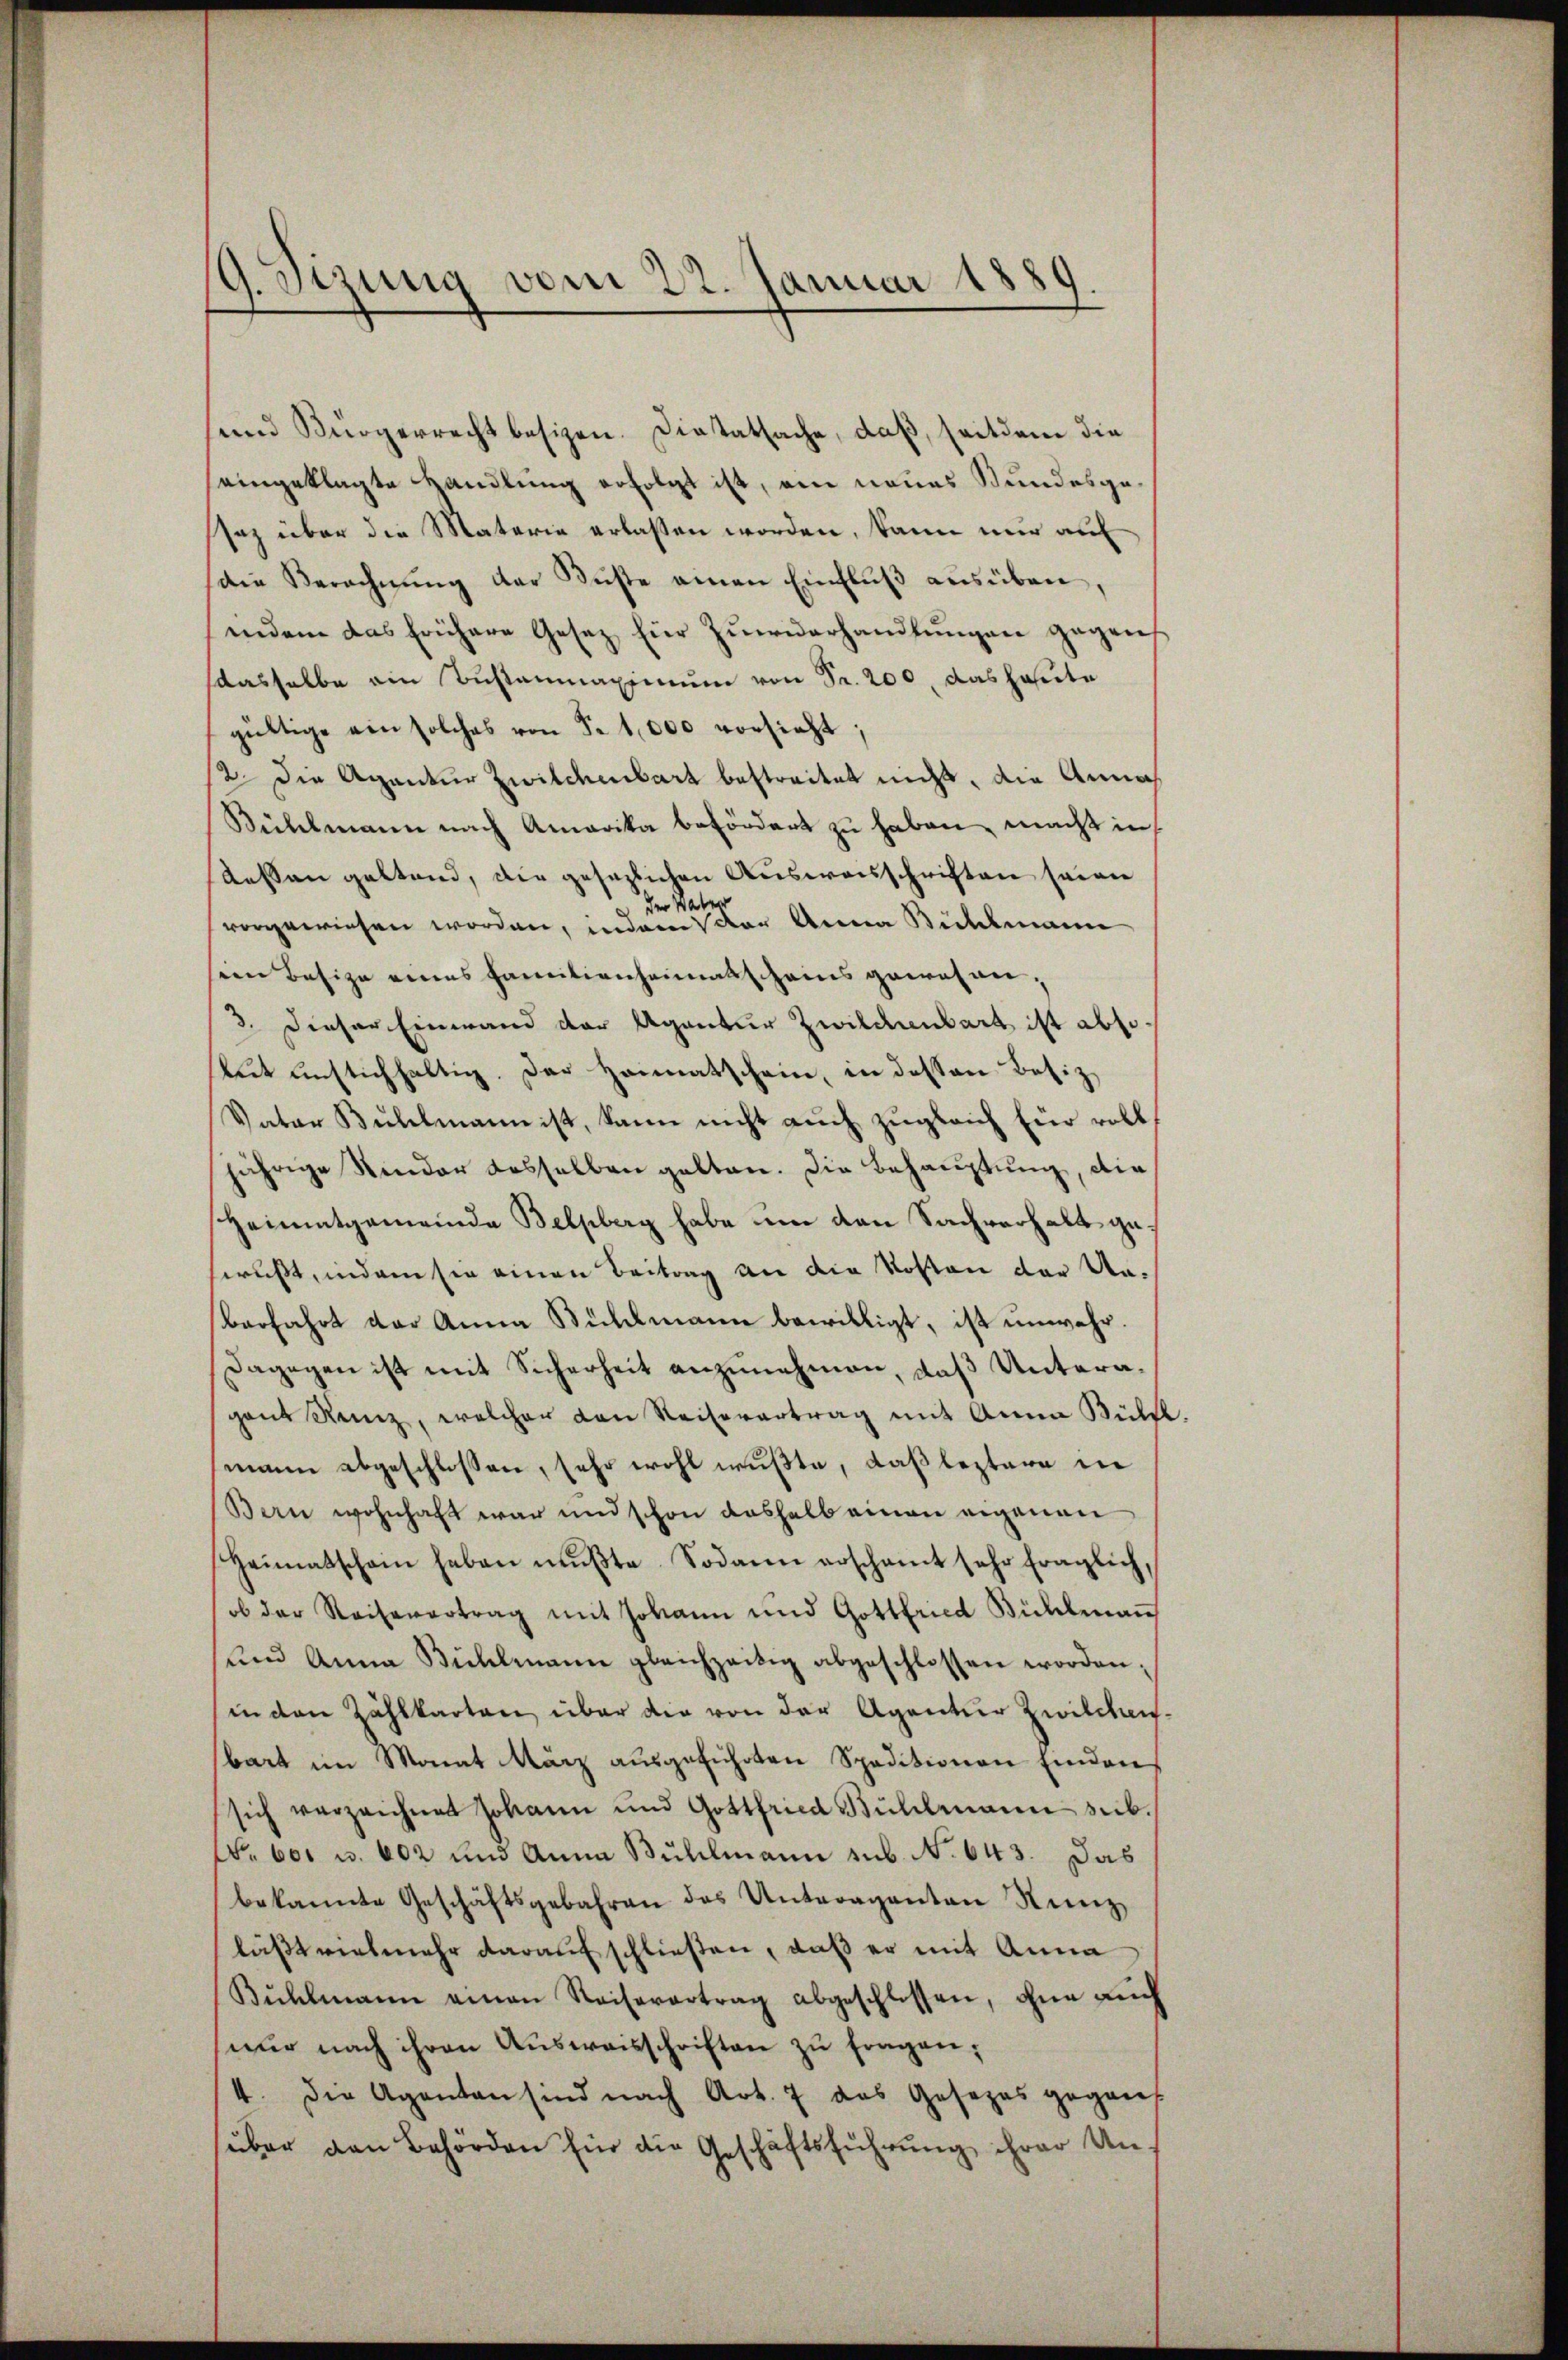
g. Sitzung vom 22. Januar 1889.

und Bürgerrecht besizen. Dietatsache, daß, seitdem die
seingeklagte Handlung erfolgt ist, am neues Bundesgesaz über die Materie erlassen worden, kann nur auf
die Berechnŭng der Küste einen Einfluß ausüben.
indem das frühere Gesetz für Zŭwiderhandlŭngen gegens
dasselbe ein Bustanmaximum von Fr. 200, das heute
gültige ein solches von Fr. 1,000 vorsieht,
2. Die Agentur Zwilchenbart bestreitet nicht, die Annah
Bühlmann nach Amerika befördert zu haben, macht in
dessen geltend, die gesezlichen Ausweisschriften seine
der Water
vorgewiesen worden, indem der Anna Bühlmann
den Besize eines Familienheimatscheins gewesen.
3. Dieser Einwand der Agantur Zwilchenbart ist abso
but unstichhaltig. Der Heimatschein, in dessen Besiz,
Vatar Bulelmann ist, kann nicht auch zugleich für roll
jährige Kinder dasselben gelten. Die Behauptung, die
Heimatgemeinde Belsberg habe um den Sachverhalt gewußt, indem sie einen Beitrag an die Kosten der Unberfahrt der Anna Bühlmann bewilligt, ist unwahr.
Dagegen ist mit Sicherheit anzunehmen, daß Unteragant Reiz, welcher den Reisevertrag mit Anna Bühle.
mann abgeschlossen, sehr wohl wußte, daß leztere in
Bern wohnhaft war und schon deshalb einen eigenen
Heimatschein haben mußte. Sodann erschamt sehr fraglich,
ob der Reihevertrag mit Johann und Gottfried Bühlmaṅ
und Anna Bühlmann gleichzeitig abgeschlossen worden;
in den Zählkarten über die von der Agenter Zwilchau-
bart im Monat März ausgeführten Speditionen Einden
sich verzeichnet Johann und Gottfried Bühlmann sub.
Nr. 601 u. 602 und Anna Bühlmann sub. N. 643. Das
bekannte Geschäftsgebahren des Unteraganten Nunz,
läßt vielmehr darauf schließen, daß er mit Anna
Bühlmann einen Reisevertrag abgeschlossen, ohne auch
nŭr nach ihren Aŭsweisschriften zŭ fragen,
4. Die Agenten sind nach Art. 7 das Gesezes gegan
ŭber den Behörden für die Geschäftsführŭng ihrer Un¬